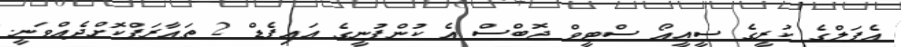
އެޕަލްގެ ކުރީގެ ސީއީއޯ ސްޓީވް ޖޮބްސް އެ ކުންފުނީގެ އައިޕެޑް 2 ތައާރަފްކޮށްދެއްވަނީ.